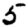
Digit: 5